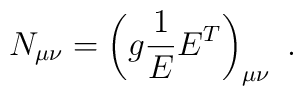
N_{\mu\nu}=\left(g\frac{1}{E}E^{T}\right)_{\mu\nu}~.